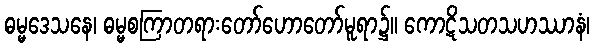
ဓမ္မဒေသနေ၊ ဓမ္မစကြာတရားတော်ဟောတော်မူရာ၌။ ကောဋိသတသဟဿာနံ၊